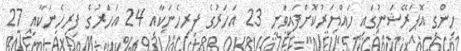
ހިންގި އޮޕަރޭޝަނުގައި ހައްޔަރުކޮށްފައިވަނީ 23 އަހަރުގެ ފިރިހެނަކާއި 24 އަހަރުގެ ފިރިހެނަކާއި 27